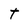
Character: t